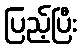
ပြည့်ပြီး